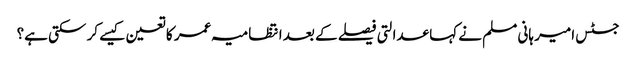
جسٹس امیر ہانی مسلم نے کہا عدالتی فیصلے کے بعد انتظامیہ عمر کا تعین کیسے کر سکتی ہے؟